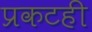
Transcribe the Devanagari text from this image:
प्रकटही